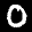
Label: 0